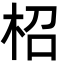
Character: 柖